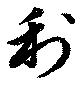
利